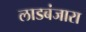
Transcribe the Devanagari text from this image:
लाडबंजारा